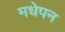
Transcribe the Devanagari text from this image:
मधेपन